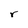
Character: r